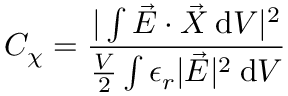
C _ { \chi } = \frac { \vert \int \vec { E } \cdot \vec { X } \: \mathrm d V \vert ^ { 2 } } { \frac { V } { 2 } \int \epsilon _ { r } \vert \vec { E } \vert ^ { 2 } \: \mathrm d V }